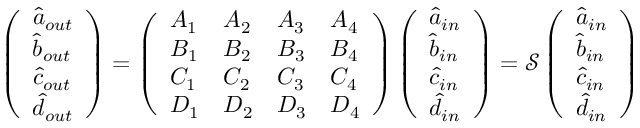
\left( \begin{array} { l } { \hat { a } _ { o u t } } \\ { \hat { b } _ { o u t } } \\ { \hat { c } _ { o u t } } \\ { \hat { d } _ { o u t } } \end{array} \right) = \left( \begin{array} { l l l l } { A _ { 1 } } & { A _ { 2 } } & { A _ { 3 } } & { A _ { 4 } } \\ { B _ { 1 } } & { B _ { 2 } } & { B _ { 3 } } & { B _ { 4 } } \\ { C _ { 1 } } & { C _ { 2 } } & { C _ { 3 } } & { C _ { 4 } } \\ { D _ { 1 } } & { D _ { 2 } } & { D _ { 3 } } & { D _ { 4 } } \end{array} \right) \left( \begin{array} { l } { \hat { a } _ { i n } } \\ { \hat { b } _ { i n } } \\ { \hat { c } _ { i n } } \\ { \hat { d } _ { i n } } \end{array} \right) = \mathcal { S } \left( \begin{array} { l } { \hat { a } _ { i n } } \\ { \hat { b } _ { i n } } \\ { \hat { c } _ { i n } } \\ { \hat { d } _ { i n } } \end{array} \right)